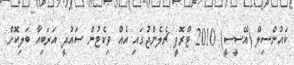
ކައުންސިލް (އޭސީސީ) 2010 ޓްރޮފީ ޗެލެންޖުގައި އެއް ވިކެޓުން ސައުދީ އަރަބިއާ ބަލިކޮށް